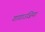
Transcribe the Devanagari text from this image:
गागाउज़िया